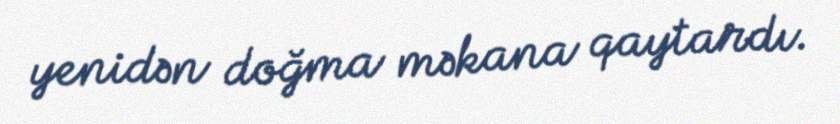
yenidən doğma məkana qaytardı.